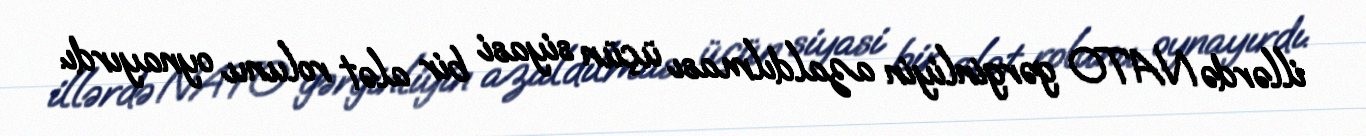
illərdə NATO gərginliyin azaldılması üçün siyasi bir alət rolunu oynayırdı.